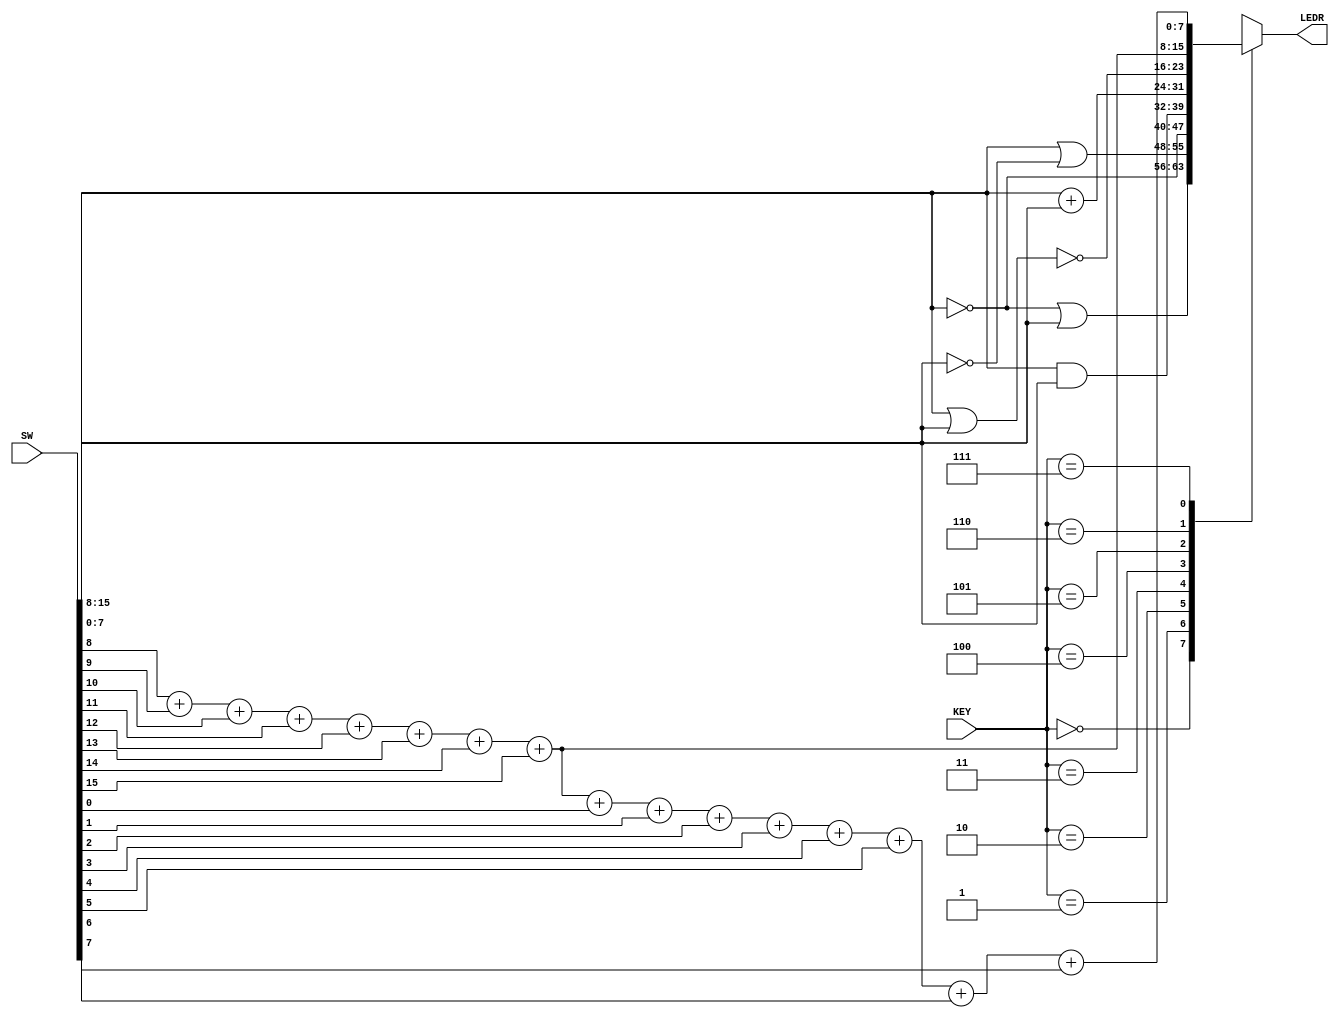
module part4(input [15:0]SW, input [2:0]KEY, output [7:0]LEDR);

	wire [7:0] A, B;
	wire [2:0] Q;
	
	assign A = SW[15:8];
	assign B = SW[7:0];
	assign Q = KEY;
	assign LEDR = Z;
	
	reg [7:0]Z;
	always@(A, B, Q)
	case(Q)
		3'b000: Z = ~A | B;
		3'b001: Z = A | ~B;
		3'b010: Z = ~A;
		3'b011: Z = A & B;
		3'b100: Z = A + B;
		3'b101: Z = ~(A | B);
		3'b110: Z = A[0] + A[1] + A[2] + A[3] + A[4] + A[5] + A[6] + A[7]; 
		3'b111: Z = A[0] + A[1] + A[2] + A[3] + A[4] + A[5] + A[6] + A[7] + B[0] + B[1] + B[2] + B[3] + B[4] + B[5] + B[6] + B[7];
	endcase
	
endmodule